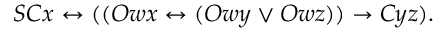
S C x \leftrightarrow ( ( O w x \leftrightarrow ( O w y \lor O w z ) ) \rightarrow C y z ) .